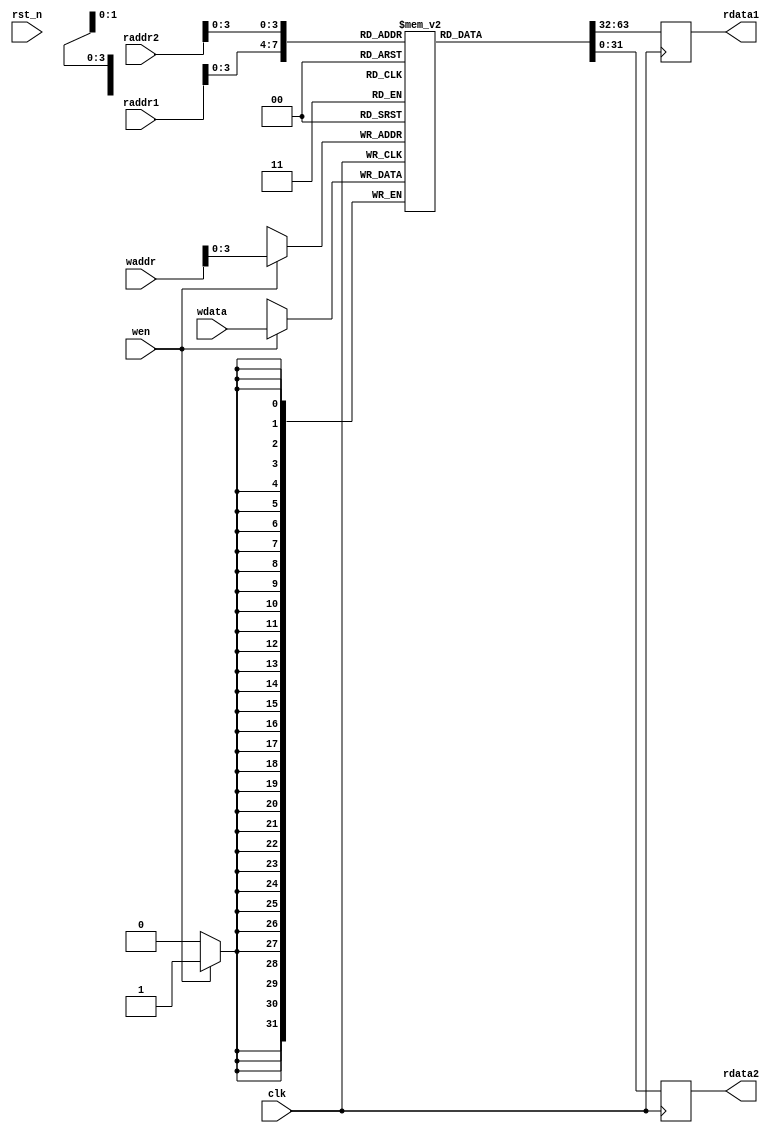
module hazard3_regfile_1w2r #(
	parameter RESET_REGS = 0,	// Unsupported for FAKE_DUALPORT
	parameter N_REGS = 16,
	parameter W_DATA = 32,
	parameter W_ADDR = $clog2(W_DATA)	// should be localparam. ISIM...
) (
	input wire clk,
	input wire rst_n,

	input wire [W_ADDR-1:0] raddr1,
	output reg [W_DATA-1:0] rdata1,

	input wire [W_ADDR-1:0] raddr2,
	output reg [W_DATA-1:0] rdata2,

	input wire [W_ADDR-1:0] waddr,
	input wire [W_DATA-1:0] wdata,
	input wire              wen
);

generate
if (RESET_REGS) begin: real_dualport_reset
	// This will presumably always be implemented with flops
	reg [W_DATA-1:0] mem [0:N_REGS-1];

	integer i;
	always @ (posedge clk or negedge rst_n) begin
		if (!rst_n) begin
			for (i = 0; i < N_REGS; i = i + 1) begin
				mem[i] <= {W_DATA{1'b0}};
			end
			rdata1 <= {W_DATA{1'b0}};
			rdata2 <= {W_DATA{1'b0}};
		end else begin
			if (wen) begin
				mem[waddr] <= wdata;
			end
			rdata1 <= mem[raddr1];
			rdata2 <= mem[raddr2];
		end
	end
end else begin: real_dualport_noreset
	// This should be inference-compatible on FPGAs with dual-port BRAMs
	`ifdef YOSYS
	`ifdef FPGA_ICE40
	// We do not require write-to-read bypass logic on the BRAM
	(* no_rw_check *)
	`endif
	`endif
	reg [W_DATA-1:0] mem [0:N_REGS-1];

	always @ (posedge clk) begin
		if (wen) begin
			mem[waddr] <= wdata;
		end
		rdata1 <= mem[raddr1];
		rdata2 <= mem[raddr2];
	end
end
endgenerate

endmodule